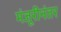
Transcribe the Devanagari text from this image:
मंजूरीनंतर